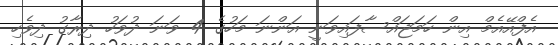
އެފްއޭއެމް އިން ހަމަޖައްސާފައިވަނީ އަންނަ މަހުގެ 4 ވަނަ ދުވަހު ދިރާގު ދިވެހި